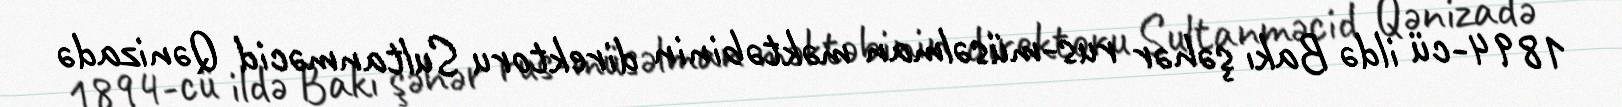
1894-cü ildə Bakı şəhər rus-müsəlman məktəbinin direktoru Sultanməcid Qənizadə